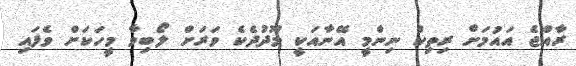
ރާއްޖެ އައުމަށް ރިތިކް ނިންމީ އޭނާއަކީ މޫދުދެކެ ވަރަށް ލޯބިވާ މީހަކަށް ވެފައި